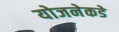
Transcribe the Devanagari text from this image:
योजनेकडे